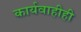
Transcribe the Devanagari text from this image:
कार्यवाहीही